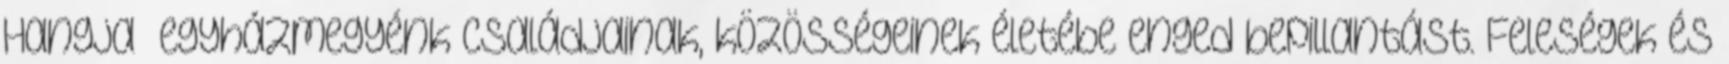
Hangja” egyházmegyénk családjainak, közösségeinek életébe enged bepillantást. Feleségek és